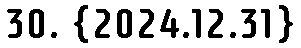
30. {2024.12.31}